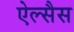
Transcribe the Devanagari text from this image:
ऐल्सैस